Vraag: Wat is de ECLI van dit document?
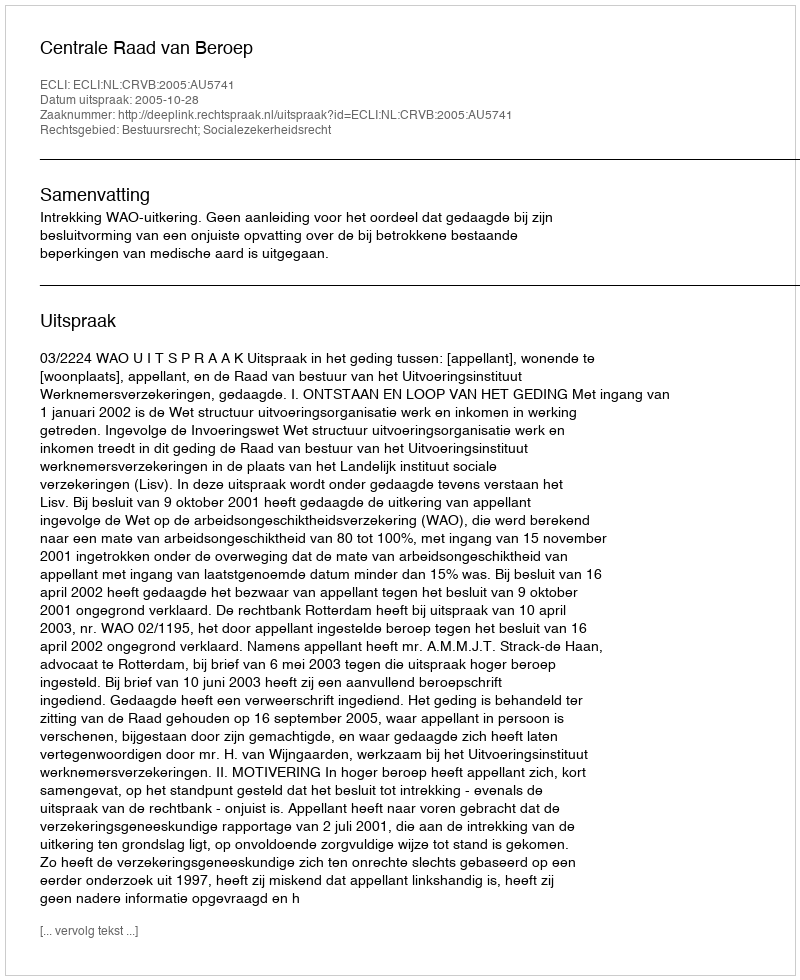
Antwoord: ECLI:NL:CRVB:2005:AU5741